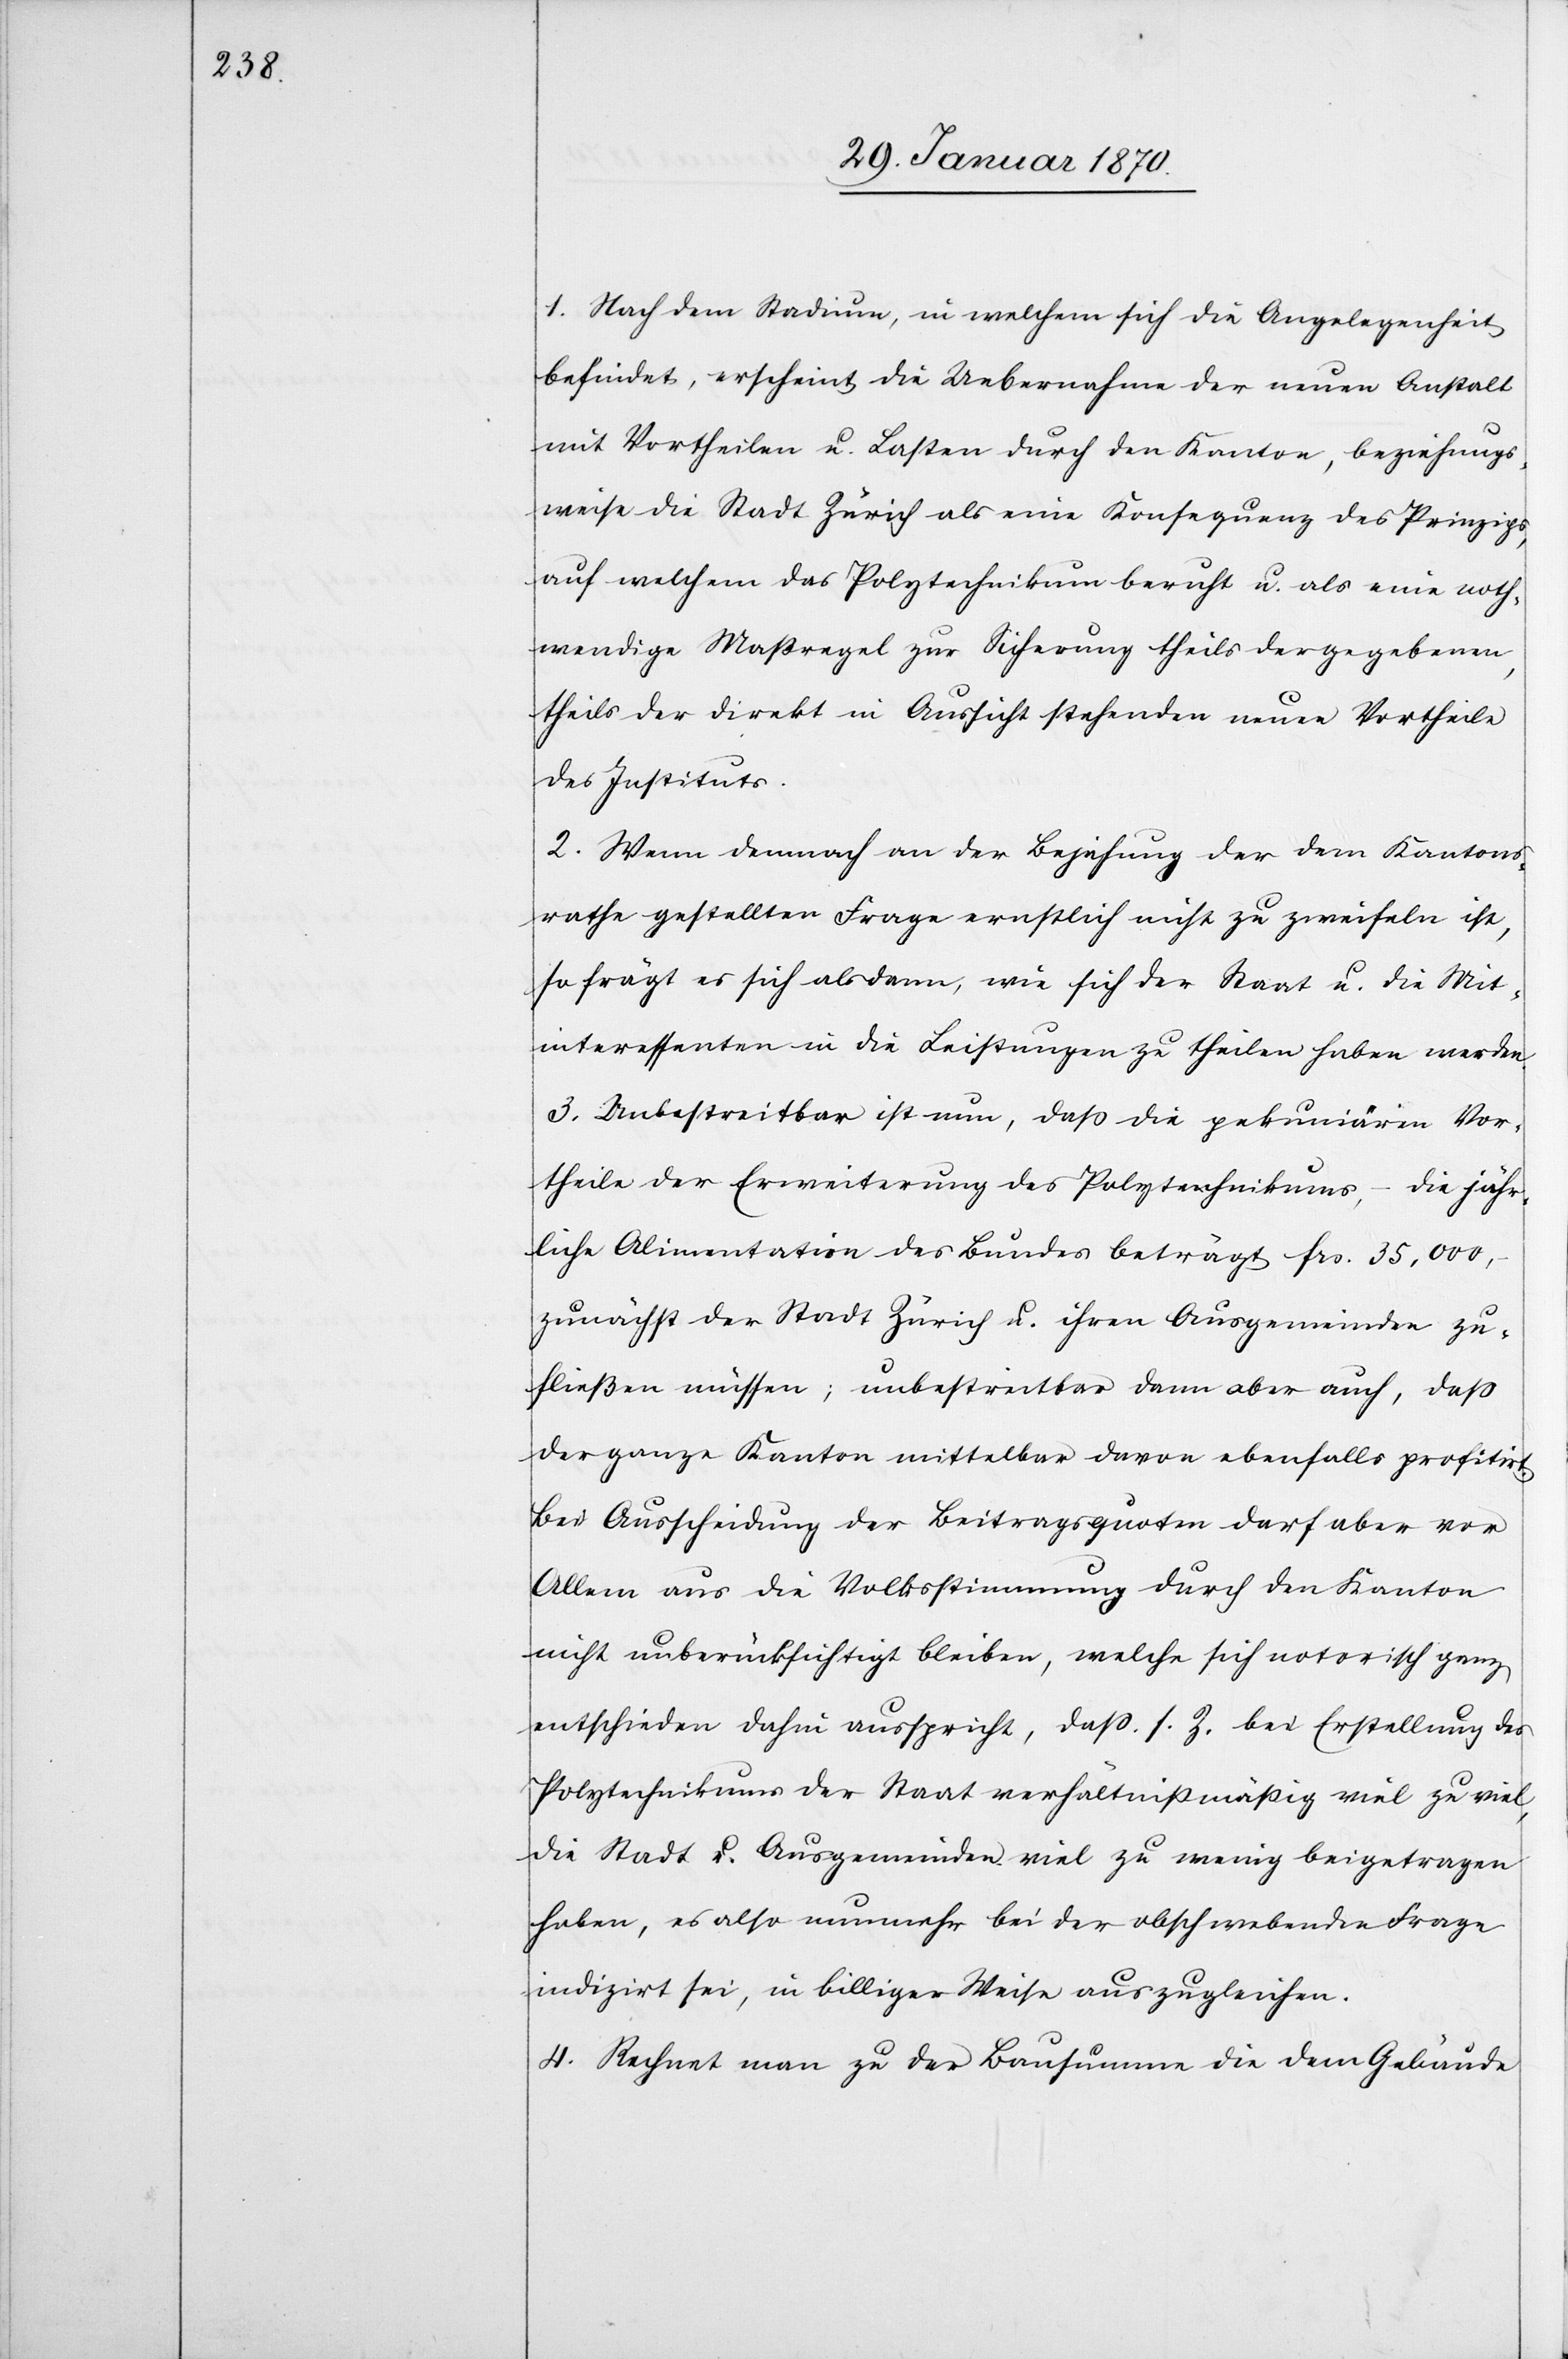
1. Nach dem Stadium, in welchem sich die Angelegenheit
befindet, erscheint die Uebernahme der neuen Anstalt
mit Vortheilen u. Lasten durch den Kanton, beziehungs¬
weise die Stadt Zürich als eine Konsequenz des Prinzips,
auf welchem das Polytechnikum beruht u. als eine noth¬
wendige Maßregel zur Sicherung theils der gegebenen,
theils der direkt in Aussicht stehenden neuen Vortheile
des Instituts.
2. Wenn demnach an der Bejahung der dem Kantons¬
rathe gestellten Frage ernstlich nicht zu zweifeln ist,
so frägt es sich alsdann, wie sich der Staat u. die Mit¬
interessenten in die Leistungen zu theilen haben werden.
3. Unbestreitbar ist nun, daß die pekuniären Vor¬
theile der Erweiterung des Polytechnikums, – die jähr¬
liche Alimentation des Bundes beträgt frs. 35,000,
zunächst der Stadt Zürich u. ihren Ausgemeinden zu¬
fließen müssen; unbestreitbar dann aber auch, daß
der ganze Kanton mittelbar davon ebenfalls profitirt.
Bei Ausscheidung der Beitragsquoten darf aber vor
Allem aus die Volksstimmung durch den Kanton
nicht unberücksichtigt bleiben, welche sich notorisch ganz
entschieden dahin ausspricht, daß s. Z. bei Erstellung des
Polytechnikums der Staat verhältnißmäßig viel zu viel,
die Stadt u. Ausgemeinden viel zu wenig beigetragen
haben, es also nunmehr bei der obschwebenden Frage
indizirt sei, in billiger Weise auszugleichen.
4. Rechnet man zu der Bausumme die dem Gebäude